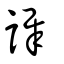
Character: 謘